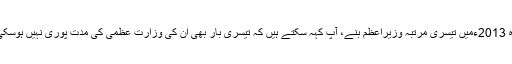
وہ 2013ءمیں تیسری مرتبہ وزیراعظم بنے، آپ کہہ سکتے ہیں کہ تیسری بار بھی ان کی وزارت عظمیٰ کی مدت پوری نہیں ہوسکی۔